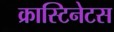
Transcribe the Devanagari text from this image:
क्रास्टिनेटस